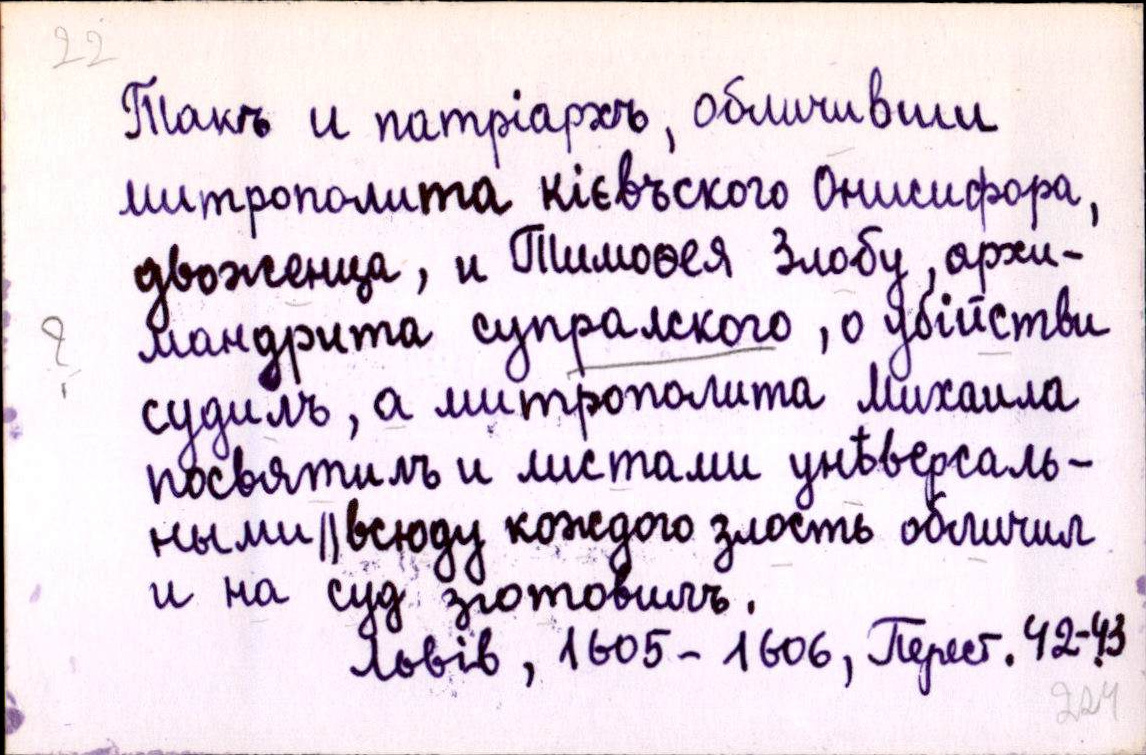
Такъ и патріархъ, обличивши
митрополита кієвъского Онисифора,
двоженца, и Тимоѳея Злобу, архи-
мандрита супралского, о убійстви
судилъ, а митрополита Михаила
посвятилъ и листами унѣверсаль-
ными ║ всюду кождого злость обличил
и на суд зготовилъ.
Львів, 1605-1606, Перест. 42-43